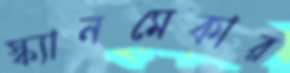
স্ক্যানমেকার